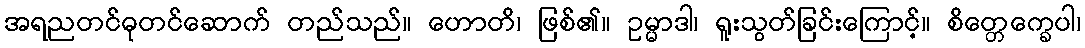
အရညတင်ဓုတင်ဆောက် တည်သည်။ ဟောတိ၊ ဖြစ်၏။ ဥမ္မာဒါ၊ ရူးသွတ်ခြင်းကြောင့်။ စိတ္တေက္ခေပါ၊